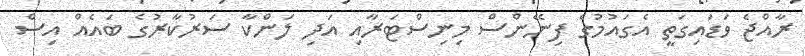
ރާއްޖެ ވަޑައިގަތީ އެގައުމުގެ ފިނޭންސް މިނިސްޓަރާއި އަދި ލަންކާ ސަރުކާރުގެ ބައެއް އިސް